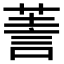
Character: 𧨅